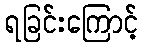
ရခြင်းကြောင့်